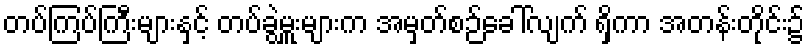
တပ်ကြပ်ကြီးများနှင့် တပ်ခွဲမှူးများက အမှတ်စဉ်ခေါ်လျက် ရှိကာ အတန်းတိုင်း၌